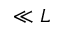
\ll L